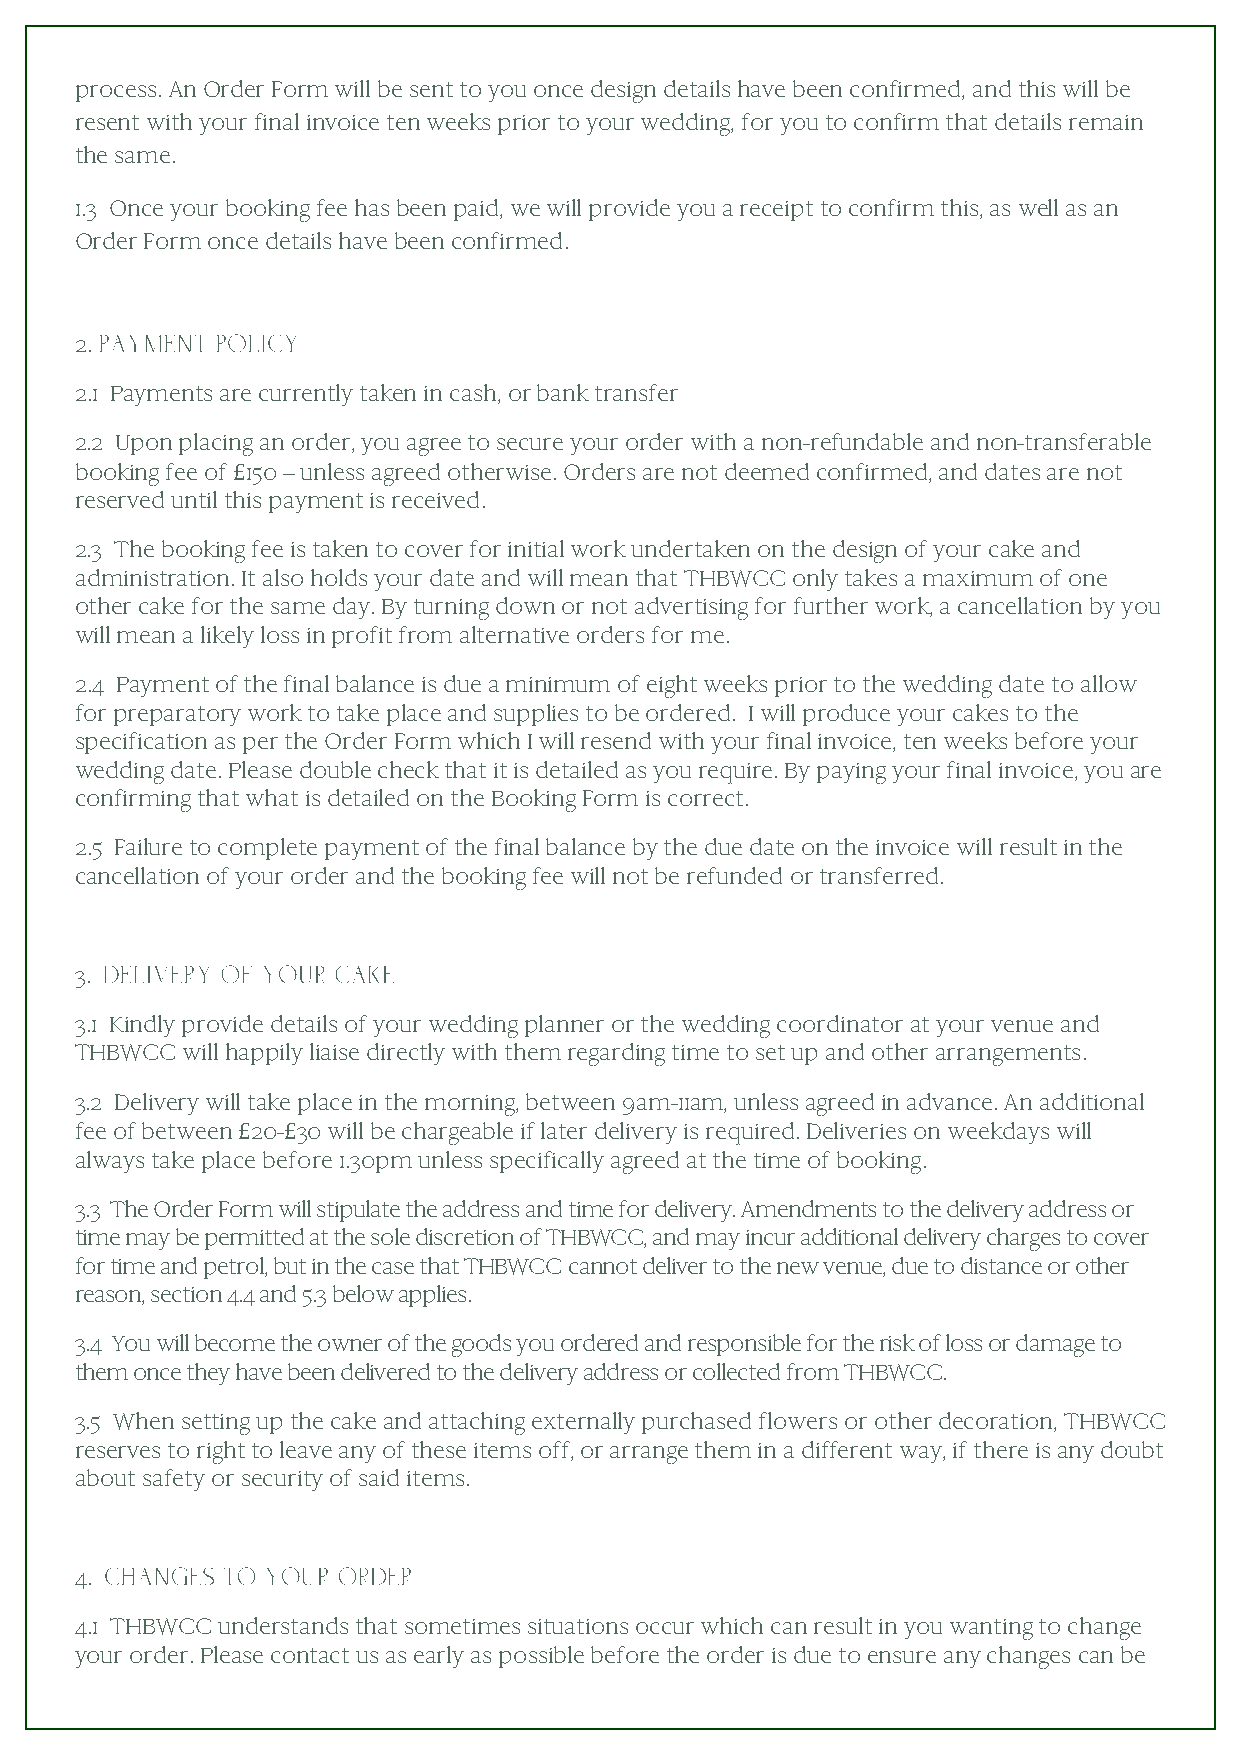
process. An Order Form will be sent to you once design details have been confirmed, and this will be
 resent with your final invoice ten weeks prior to your wedding, for you to confirm that details remain
 the same.
 1.3 Once your booking fee has been paid, we will provide you a receipt to confirm this, as well as an
 Order Form once details have been confirmed.
 2.
 2.1 Payments are currently taken in cash, or bank transfer
 2.2 Upon placing an order, you agree to secure your order with a non-refundable and non-transferable
 booking fee of £150 – unless agreed otherwise. Orders are not deemed confirmed, and dates are not
 reserved until this payment is received.
 2.3 The booking fee is taken to cover for initial work undertaken on the design of your cake and
 administration. It also holds your date and will mean that THBWCC only takes a maximum of one
 other cake for the same day. By turning down or not advertising for further work, a cancellation by you
 will mean a likely loss in profit from alternative orders for me.
 2.4 Payment of the final balance is due a minimum of eight weeks prior to the wedding date to allow
 for preparatory work to take place and supplies to be ordered. I will produce your cakes to the
 specification as per the Order Form which I will resend with your final invoice, ten weeks before your
 wedding date. Please double check that it is detailed as you require. By paying your final invoice, you are
 confirming that what is detailed on the Booking Form is correct.
 2.5 Failure to complete payment of the final balance by the due date on the invoice will result in the
 cancellation of your order and the booking fee will not be refunded or transferred.
 3.
 3.1 Kindly provide details of your wedding planner or the wedding coordinator at your venue and
 THBWCC will happily liaise directly with them regarding time to set up and other arrangements.
 3.2 Delivery will take place in the morning, between 9am-11am, unless agreed in advance. An additional
 fee of between £20-£30 will be chargeable if later delivery is required. Deliveries on weekdays will
 always take place before 1.30pm unless specifically agreed at the time of booking.
 3.3 The Order Form will stipulate the address and time for delivery. Amendments to the delivery address or
 time may be permitted at the sole discretion of THBWCC, and may incur additional delivery charges to cover
 for time and petrol, but in the case that THBWCC cannot deliver to the new venue, due to distance or other
 reason, section 4.4 and 5.3 below applies.
 3.4 You will become the owner of the goods you ordered and responsible for the risk of loss or damage to
 them once they have been delivered to the delivery address or collected from THBWCC.
 3.5 When setting up the cake and attaching externally purchased flowers or other decoration, THBWCC
 reserves to right to leave any of these items off, or arrange them in a different way, if there is any doubt
 about safety or security of said items.
 4.
 4.1 THBWCC understands that sometimes situations occur which can result in you wanting to change
 your order. Please contact us as early as possible before the order is due to ensure any changes can be